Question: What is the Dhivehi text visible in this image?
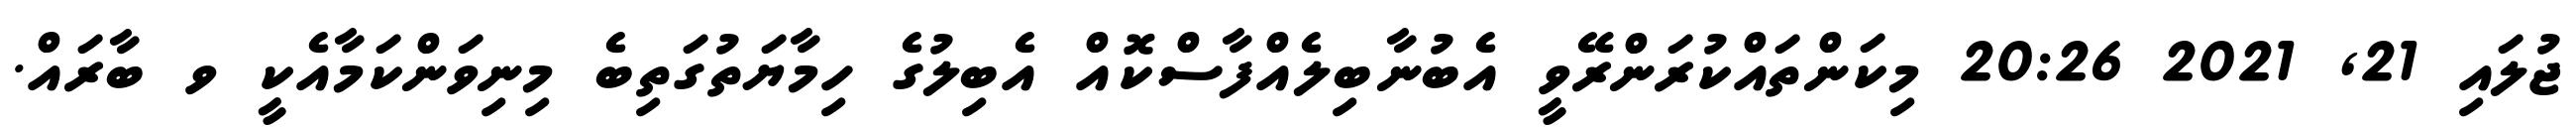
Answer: ޖުލައި 21, 2021 20:26 މިކަންތައްކުރަންރޭވީ އެބުނާބިލެއްފާސްކޮއް އެބިލުގެ ހިމާޔަތުގަތިބެ މިނިވަންކަމާއެކީ ވ ބާރައް.